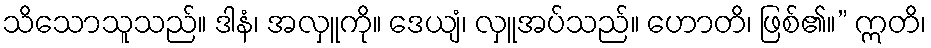
သိသောသူသည်။ ဒါနံ၊ အလှူကို။ ဒေယျံ၊ လှူအပ်သည်။ ဟောတိ၊ ဖြစ်၏။” ဣတိ၊